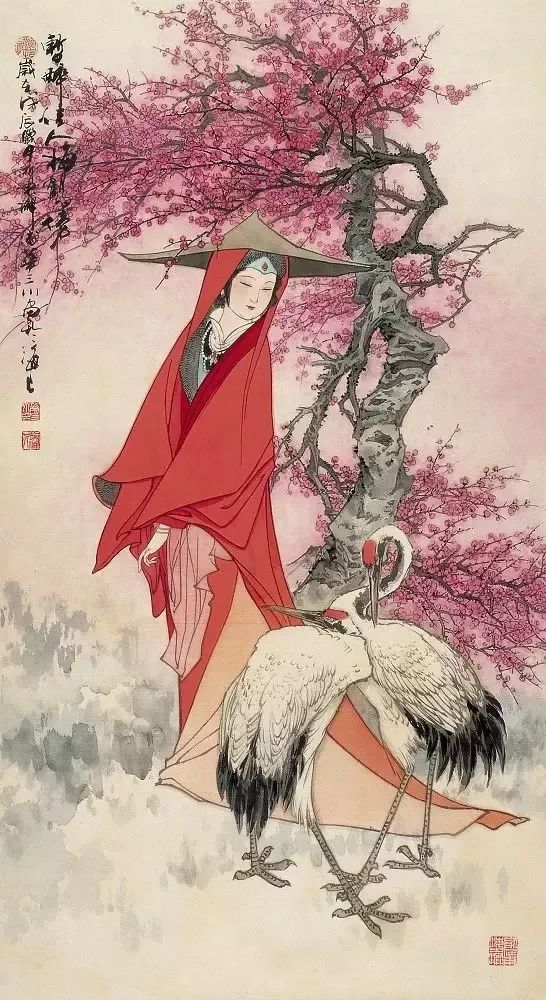
鸟向平芜远近，人随流水东西。